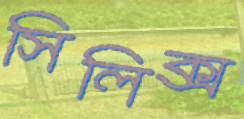
সিলিক্স